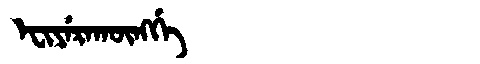
Manchu: ᡝᠸᡳᠶᡝᡵᠠᡴᡡᠩᡤᡝ
Romanization: EFIYERAKŪNGGE